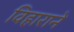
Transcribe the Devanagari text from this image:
विहाराने